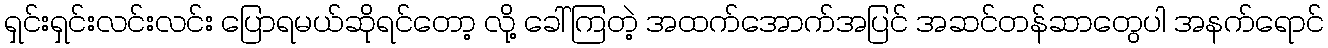
ရှင်းရှင်းလင်းလင်း ပြောရမယ်ဆိုရင်တော့ လို့ ခေါ်ကြတဲ့ အထက်အောက်အပြင် အဆင်တန်ဆာတွေပါ အနက်ရောင်